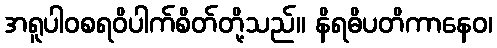
အရူပါဝစရဝိပါက်စိတ်တို့သည်။ နိရဓိပတိကာနေဝ၊